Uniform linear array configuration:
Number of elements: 12
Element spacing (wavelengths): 0.5
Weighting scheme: hamming
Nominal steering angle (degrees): -45
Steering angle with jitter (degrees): -44.132
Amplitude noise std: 0.05
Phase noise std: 0.05

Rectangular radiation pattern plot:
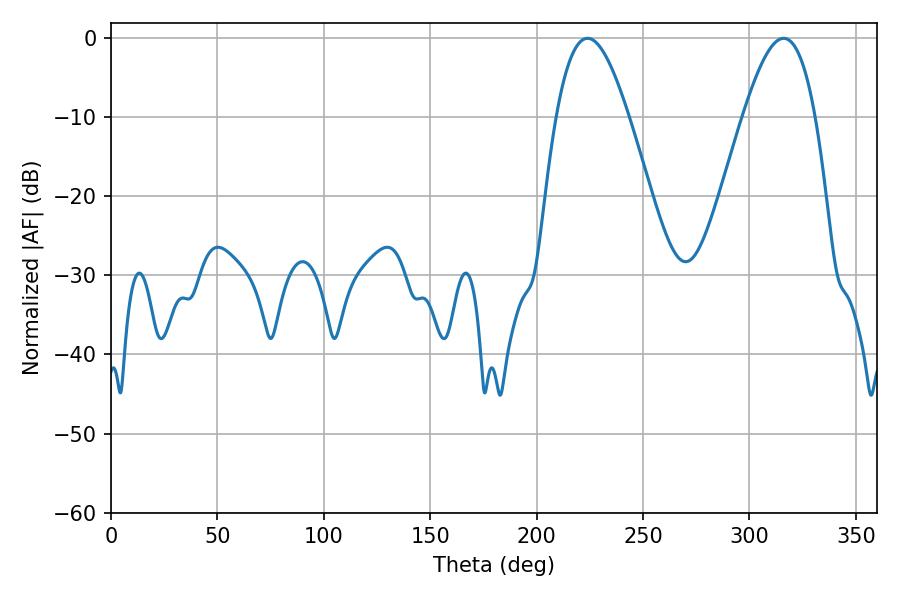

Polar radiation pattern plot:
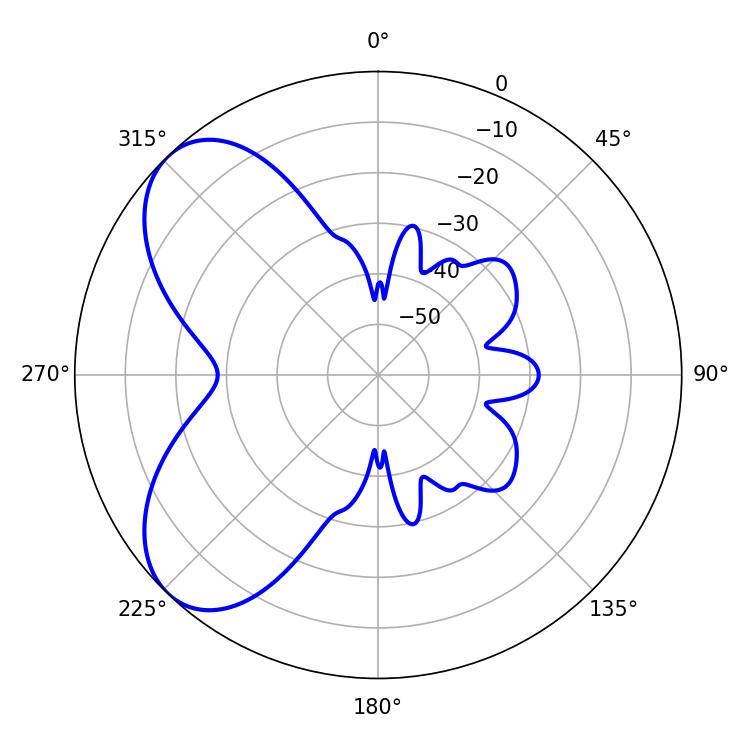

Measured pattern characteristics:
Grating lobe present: FALSE
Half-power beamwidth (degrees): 18.36
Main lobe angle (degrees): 223.92